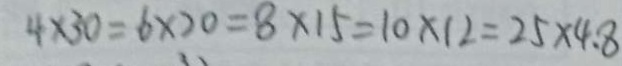
4 \times 3 0 = 6 \times 2 0 = 8 \times 1 5 = 1 0 \times 1 2 = 2 5 \times 4 . 8